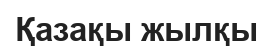
Қазақы жылқы